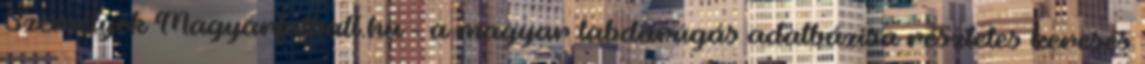
Személyek Magyarfutball.hu - a magyar labdarúgás adatbázisa részletes keresés